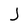
Character: J